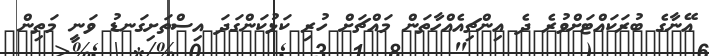
އޭނާގެ ބުރަކައްޓަށްވުރެ ދެ އިންޗިއެއްހާތަން މައްޗަށް ހުރި ކަޅުކަންގަދަ އިސްތަށިގަނޑު ވަނީ މަތިން